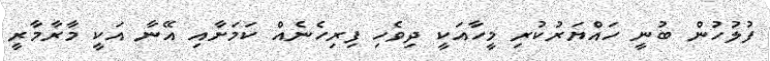
ފުލުހުން ބުނީ ހައްޔަރުކުރި މީހާއަކީ ދިވެހި ފިރިހެނެއް ކަމަށާއި އޭނާ އަކީ މާރާމާރީ